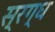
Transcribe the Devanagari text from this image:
स्रग्ध